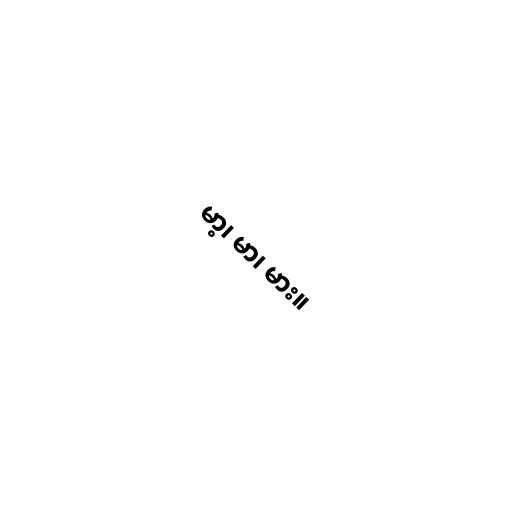
မာ့၊ မာ၊ မား။